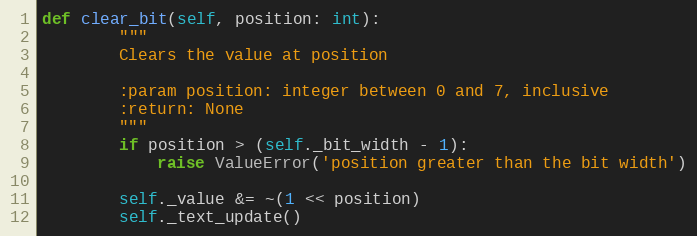
Language: Python
def clear_bit(self, position: int):
        """
        Clears the value at position

        :param position: integer between 0 and 7, inclusive
        :return: None
        """
        if position > (self._bit_width - 1):
            raise ValueError('position greater than the bit width')

        self._value &= ~(1 << position)
        self._text_update()